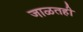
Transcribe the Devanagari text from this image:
जाळतही